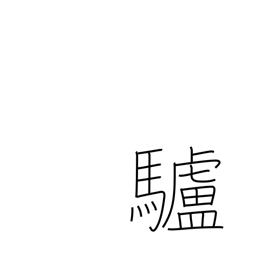
Meaning: donkey